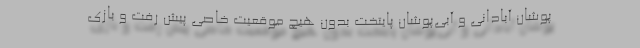
پوشان آبادانی و آبی‌پوشان پایتخت بدون هیچ موقعیت خاصی پیش رفت و بازی